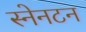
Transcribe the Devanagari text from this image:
स्नेनटन